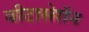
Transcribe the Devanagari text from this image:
बीटासेरॉन